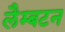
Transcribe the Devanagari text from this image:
लैम्बटन